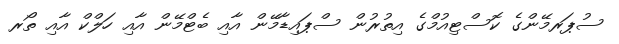
ސުޕަރމޭންގެ ކޮސްޓިއުމްގެ އިތުރުން ސްޕައިޑާމޭން އާއި ބެޓްމޭން އާއި ހަލްކް އާއި ތޯރ